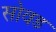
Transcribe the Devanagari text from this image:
सोवड